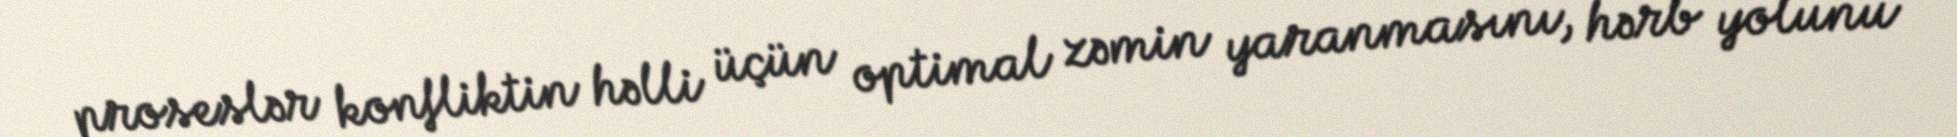
proseslər konfliktin həlli üçün optimal zəmin yaranmasını, hərb yolunu